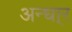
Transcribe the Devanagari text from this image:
अन्धा्र